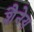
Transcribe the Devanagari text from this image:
शैनेय